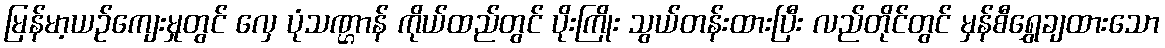
မြန်မာ့ယဉ်ကျေးမှုတွင် လှေ ပုံသဏ္ဌာန် ကိုယ်ထည်တွင် ပိုးကြိုး သွယ်တန်းထားပြီး လည်တိုင်တွင် မှန်စီရွှေချထားသော